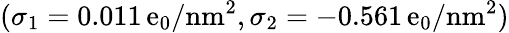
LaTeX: (\sigma_{1}=0.011\, \mathrm{e}_{0}/\textrm{{nm}}^{2},\sigma_{2}=-0.561\, \mathrm{e}_{0}/\textrm{{nm}}^{2})